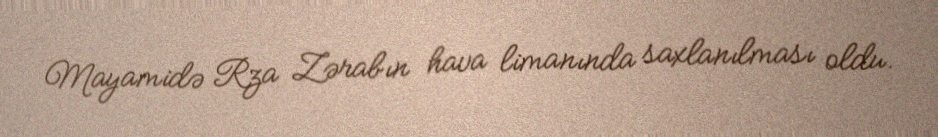
Mayamidə Rza Zərabın hava limanında saxlanılması oldu.